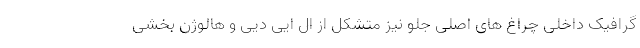
گرافیک داخلی چراغ های اصلی جلو نیز متشکل از ال ایی دیی و هالوژن بخشی